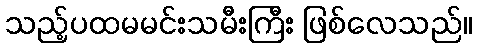
သည့်ပထမမင်းသမီးကြီး ဖြစ်လေသည်။